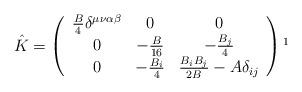
LaTeX: \begin{align*}\hat{K}=\left(\begin{array}{ccc} \frac{B}{4} \delta^{\mu\nu \alpha \beta} & 0 & 0\\ 0 & -\frac{B}{16} & -\frac{B_j}{4} \\ 0 & -\frac{B_i}{4} & \frac{B_iB_j}{2B} -A \delta_{ij}\end{array}\right)\footnote{$\delta^{\mu\nu \alpha \beta}:= \frac{1}{2}\left( g^{\mu \alpha}g^{\nu \beta}+g^{\mu \beta}g^{\nu \alpha}\right)$ }\end{align*}